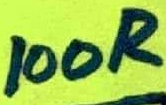
Text: 100R